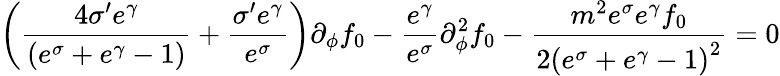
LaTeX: \left(\frac{4\sigma^{\prime}e^{\gamma}}{\left(e^{\sigma}+e^{\gamma}-1\right)}+\frac{\sigma^{\prime}e^{\gamma}}{e^{\sigma}}\right)\partial_{\phi}f_{0}-\frac{e^{\gamma}}{e^{\sigma}}\partial_{\phi}^{2}f_{0}-\frac{m^{2}e^{\sigma}e^{\gamma}f_{0}}{2\left(e^{\sigma}+e^{\gamma}-1\right)^{2}}=0